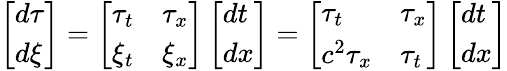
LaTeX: \left[\begin{array}{l}{d\tau}\\ {d\xi}\end{array}\right]=\left[\begin{array}{ll}{\tau_{t}}&{\tau_{x}}\\ {\xi_{t}}&{\xi_{x}}\end{array}\right]\left[\begin{array}{l}{dt}\\ {dx}\end{array}\right]=\left[\begin{array}{ll}{\tau_{t}}&{\tau_{x}}\\ {c^{2}\tau_{x}}&{\tau_{t}}\end{array}\right]\left[\begin{array}{l}{dt}\\ {dx}\end{array}\right]